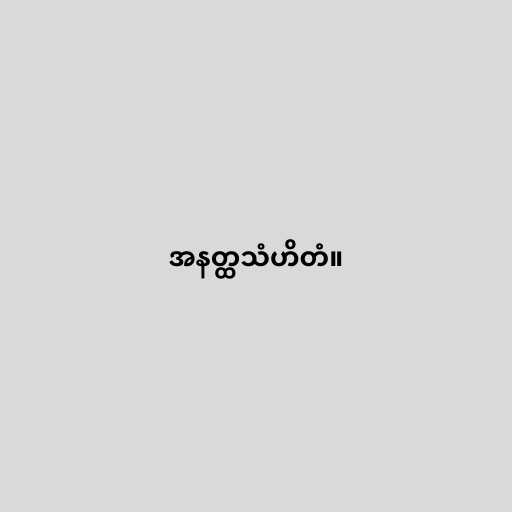
အနတ္ထသံဟိတံ။